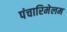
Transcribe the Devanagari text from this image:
पंचारिमेलम